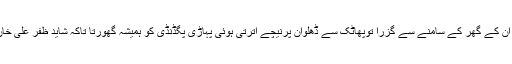
میں جب بھی ان کے گھر کے سامنے سے گزرا توپھاٹک سے ڈھلوان پرنیچے اترتی ہوئی پہاڑی پگڈنڈی کو ہمیشہ گھورتا تاکہ شاید ظفر علی خاں نظر آجائیں۔